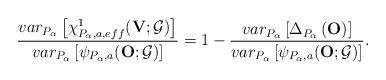
LaTeX: \begin{align*}\frac{var_{P_{\alpha }}\left[ \chi _{P_{\alpha},a,eff}^{1}(\mathbf{V};\mathcal{G})\right] }{var_{P_{\alpha }}\left[ \psi _{P_{\alpha },a}(\mathbf{O};\mathcal{G})\right] }=1-\frac{var_{P_{\alpha }}\left[ \Delta _{P_{\alpha }}\left( \mathbf{O}\right) \right] }{var_{P_{\alpha }}\left[ \psi _{P_{\alpha },a}(\mathbf{O};\mathcal{G})\right] }.\end{align*}